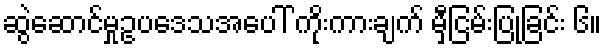
ဆွဲဆောင်မှုဥပဒေသအပေါ် ကိုးကားချက် မှီငြမ်းပြုခြင်း ၆။